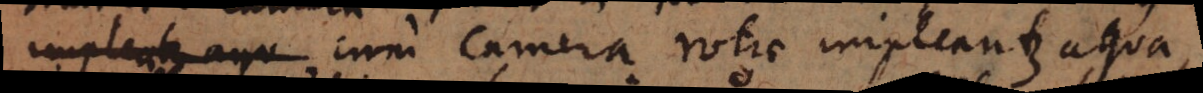
cum camera rotae impleantur aqua,